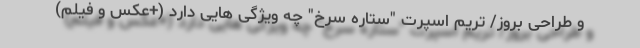
و طراحی بروز/ تریم اسپرت "ستاره سرخ" چه ویژگی هایی دارد (+عکس و فیلم)